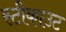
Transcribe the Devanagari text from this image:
स्टीकाउट